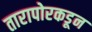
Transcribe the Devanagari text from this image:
तारापोरकडून